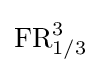
\operatorname {FR} _{1/3}^{3}